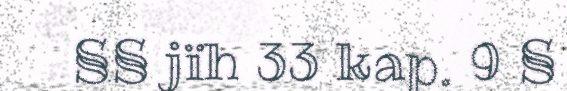
§§ jïh 33 kap. 9 §